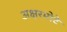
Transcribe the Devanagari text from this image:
अक्षरमोटे